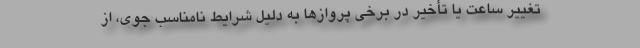
تغییر ساعت یا تأخیر در برخی پروازها به دلیل شرایط نامناسب جوی، از